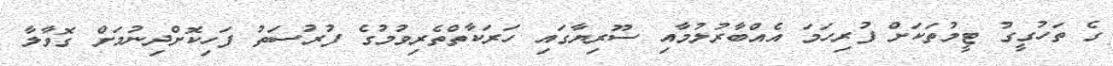
ގެ ތަހުގީގު ޓީމުތަކަށް ފުރިހަމަ އެއްބާރުލުމާއި ސޫރިޔާގައި ހަރަކާތްތެރިވުމުގެ ފުރުސަތު ފަހިކޮށްދިނުމަށް ގޮވާލާ